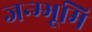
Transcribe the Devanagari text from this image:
जन्म्भूमि